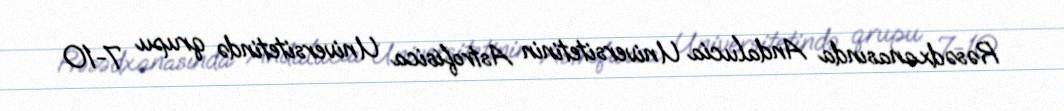
Rəsədxanasında Andalucía Universitetinin Astrofísica Universitetində qrupu 7-10